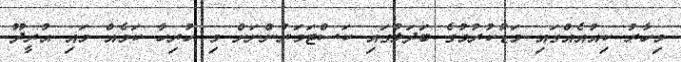
މިހާރު ކިއުއެއްގައި މަޑުކުރުމުގެ ބަދަލުގައި ކަސްޓަމަރުންނަށް މި ހުރިހާ ކަމެއް މައި އުރީދޫ